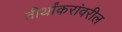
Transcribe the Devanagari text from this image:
तीर्थांकरांवरील